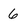
Character: 6